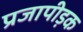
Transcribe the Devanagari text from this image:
प्रजापीड़क